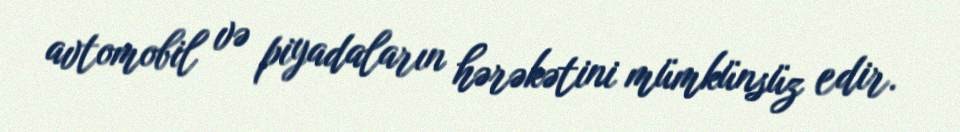
avtomobil və piyadaların hərəkətini mümkünsüz edir.